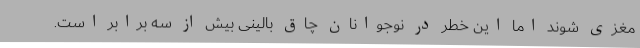
مغزی شوند اما این خطر در نوجوانان چاق بالینی بیش از سه برابر است.